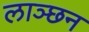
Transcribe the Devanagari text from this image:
लाञ्छन